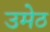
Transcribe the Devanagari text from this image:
उमेठ